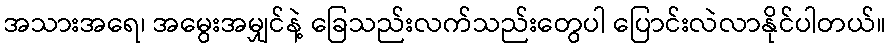
အသားအရေ၊ အမွေးအမျှင်နဲ့ ခြေသည်းလက်သည်းတွေပါ ပြောင်းလဲလာနိုင်ပါတယ်။